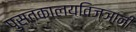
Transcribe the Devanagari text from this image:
पुस्तकालयविज्ञानी